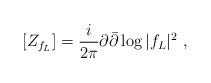
LaTeX: \begin{align*} [Z_{f_L}]=\frac {i}{2\pi}\partial\bar\partial\log |f_L|^2\ ,\end{align*}